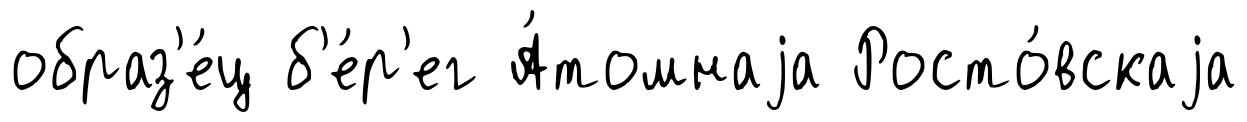
образ'е́ц б'е́р'ег А́томнаjа Росто́вскаjа